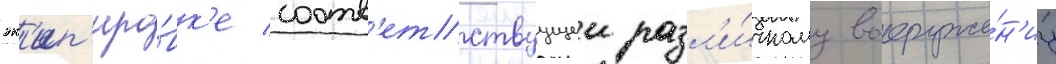
эк'ип'иро́вк'е соотв'етствуущеи разл'и́чному вооруже́н'иу